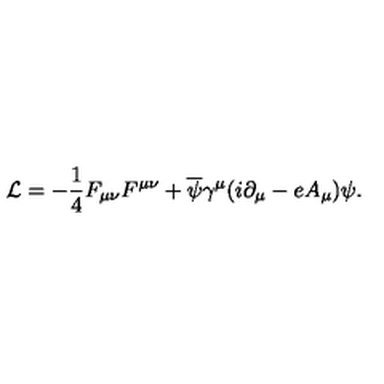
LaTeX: { \cal L } = - { \frac { 1 } { 4 } } F _ { \mu \nu } F ^ { \mu \nu } + { \overline { { \psi } } } \gamma ^ { \mu } ( i \partial _ { \mu } - e A _ { \mu } ) \psi .